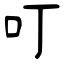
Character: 叮